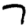
Digit: 7